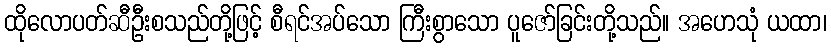
ထိုလောပတ်ဆီဦးစသည်တို့ဖြင့် စီရင်အပ်သော ကြီးစွာသော ပူဇော်ခြင်းတို့သည်။ အဟေသုံ ယထာ၊